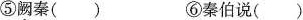
⑤阙秦() ⑥秦伯说()